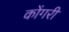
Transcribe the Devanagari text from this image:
कोंगरी